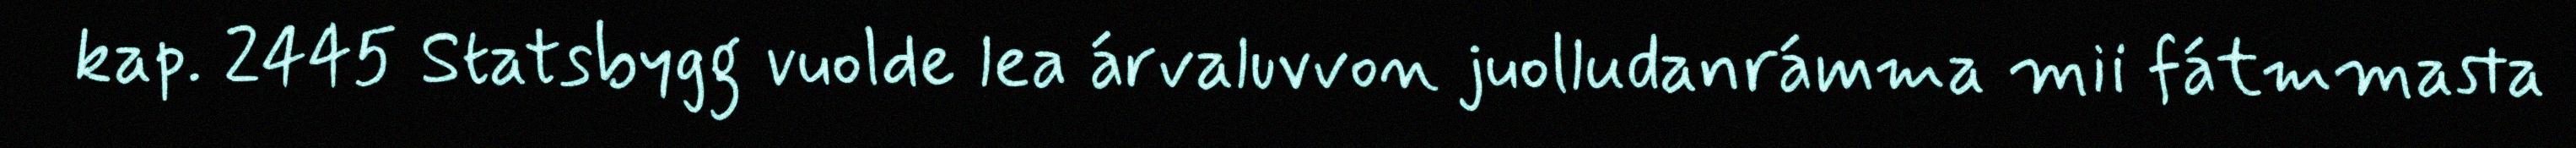
kap. 2445 Statsbygg vuolde lea árvaluvvon juolludanrámma mii fátmmasta